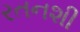
રતનશી